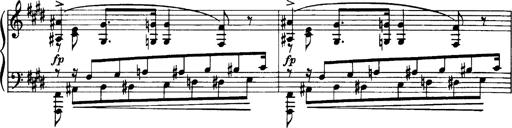
Title: OuvertÃ¼re zu TannhÃ¤user
Composer: Franz Liszt